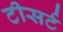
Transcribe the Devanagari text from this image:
टीसर्ट